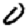
Digit: 0